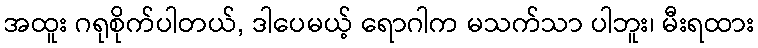
အထူး ဂရုစိုက်ပါတယ်, ဒါပေမယ့် ရောဂါက မသက်သာ ပါဘူး၊ မီးရထား